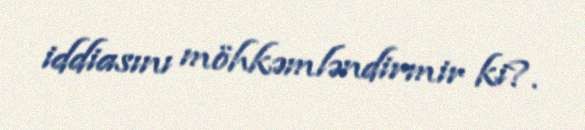
iddiasını möhkəmləndirmir ki?.